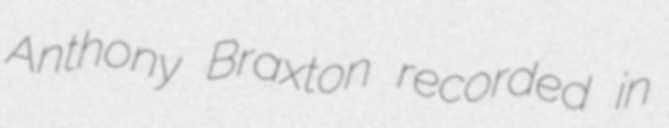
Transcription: Anthony Braxton recorded in